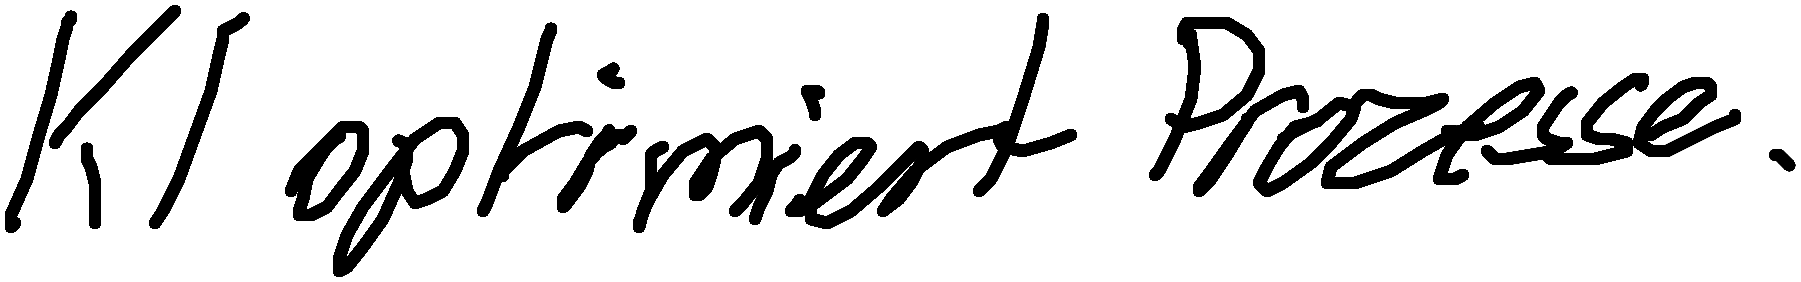
KI optimiert Prozesse.